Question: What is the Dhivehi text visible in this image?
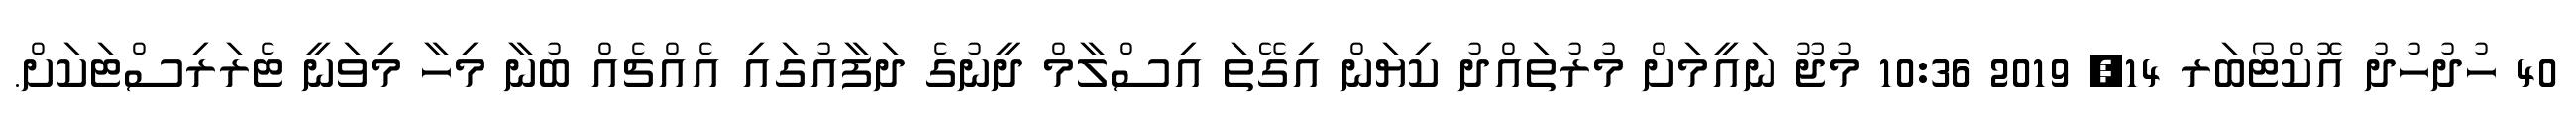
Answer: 40 ހުދުހުދު އޮކްޓޯބަރ 14, 2019 10:36 މުޖޫ ނައީމަށް މުރުތައްދު ކިޔަން އިގޭތަ އިސްލާމް ދީނުގެ ދަފާއުގައި އެއްޗެއް ބުނާ މިހާ މިވަނީ ޓެރަރިސްޓަކަށް.